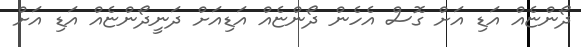
ދޯންޏެއް އަޑި އަށް ގޮސް އެހެން ދޯންޏެއް އަޑިއަށް ދަނީދޯންޏެއް އަޑި އަށް